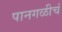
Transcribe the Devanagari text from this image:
पानगळीचं